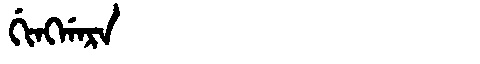
Manchu: ᡤᡳᠩᡤᠠᡵᠠ
Romanization: GINGGARA